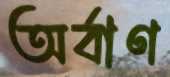
অর্বাণ